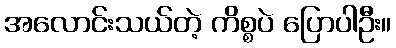
အလောင်းသယ်တဲ့ ကိစ္စပဲ ပြောပါဦး။